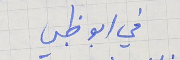
في ابو ظبي